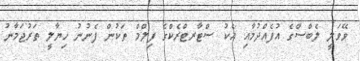
ވޭވަލީ ލެބްސްގެ އުފެއްދުމާއި އެކު ސްޓާރޓްރެކްގެ ފިލްމް ތަކުން ފެނުނު ހިޔާލީ ތަރުޖަމާނު